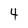
Character: 4